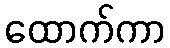
ထောက်ကာ